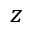
z